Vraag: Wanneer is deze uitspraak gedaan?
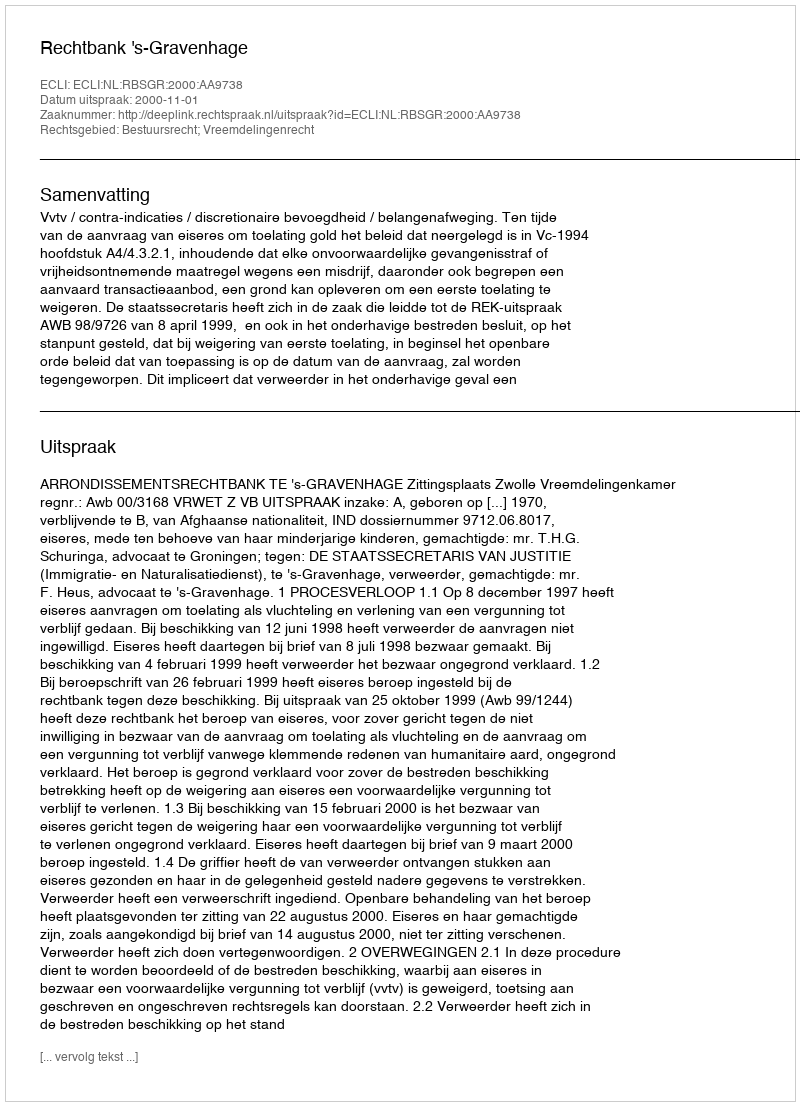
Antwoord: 2000-11-01